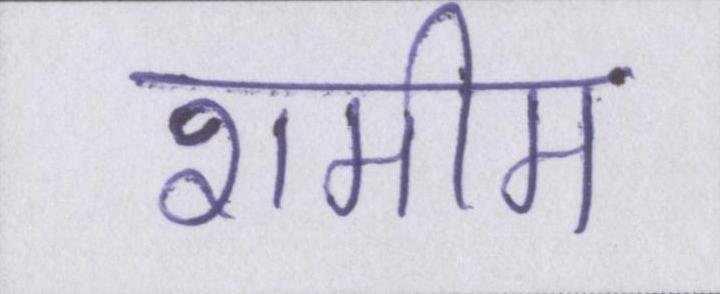
शमीम